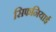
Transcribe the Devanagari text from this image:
सिफनियाई